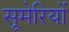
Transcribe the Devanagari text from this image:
सूमेरियों